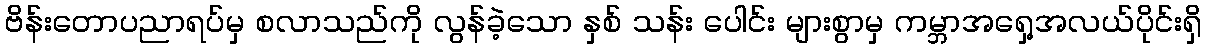
ဗိန်းတောပညာရပ်မှ စလာသည်ကို လွန်ခဲ့သော နှစ် သန်း ပေါင်း များစွာမှ ကမ္ဘာအရှေ့အလယ်ပိုင်းရှိ